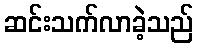
ဆင်းသက်လာခဲ့သည်